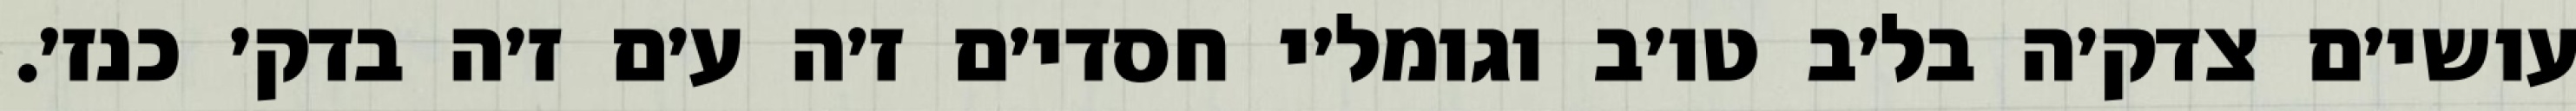
עושי׳ם צדק׳ה בל׳ב טו׳ב וגומל׳י חסדי׳ם ז׳ה ע׳ם ז׳ה בדק׳ כנז׳.